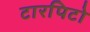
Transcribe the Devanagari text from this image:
टारपिटो